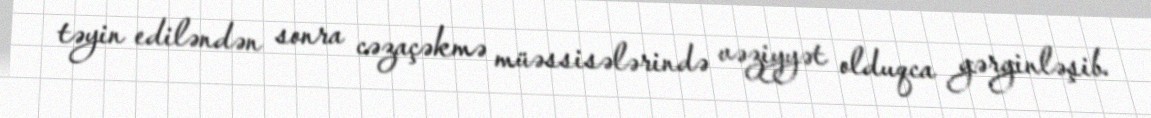
təyin ediləndən sonra cəzaçəkmə müəssisələrində vəziyyət olduqca gərginləşib.